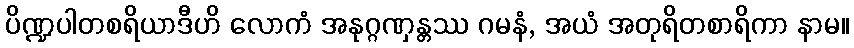
ပိဏ္ဍပါတစရိယာဒီဟိ လောကံ အနုဂ္ဂဏှန္တဿ ဂမနံ, အယံ အတုရိတစာရိကာ နာမ။